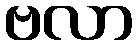
ဗလာ